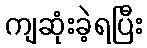
ကျဆုံးခဲ့ရပြီး